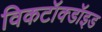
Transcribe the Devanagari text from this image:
विकटॉक्डॉइड